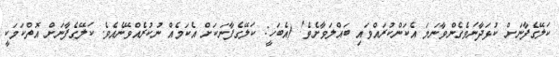
ކަލޭގެފާނަށް ކުޅަދާނަވެގެންވާނަމަ އެކަންކުރައްވައި ބައްލަވާށެވެ! (އެބަހީ: ކަލޭގެފާނަކަށް އެކަމެއް ނުކުރެއްވޭނެއެވެ. ކަލޭގެފާނަށް އޮތްކަމަކީ